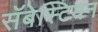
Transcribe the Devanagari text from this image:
सॅबेस्टियन